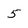
Character: 5